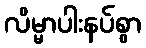
လိမ္မာပါးနပ်စွာ